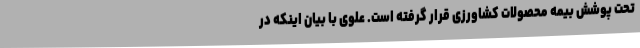
تحت پوشش بیمه محصولات کشاورزی قرار گرفته است. علوی با بیان اینکه در